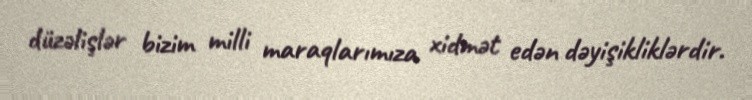
düzəlişlər bizim milli maraqlarımıza xidmət edən dəyişikliklərdir.